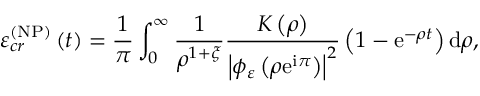
\varepsilon _ { c r } ^ { \left( \mathrm { N P } \right) } \left( t \right) = \frac { 1 } { \pi } \int _ { 0 } ^ { \infty } \frac { 1 } { \rho ^ { 1 + \xi } } \frac { K \left( \rho \right) } { \left\vert \phi _ { \varepsilon } \left( \rho \mathrm { e } ^ { \mathrm { i } \pi } \right) \right\vert ^ { 2 } } \left( 1 - \mathrm { e } ^ { - \rho t } \right) \mathrm { d } \rho ,